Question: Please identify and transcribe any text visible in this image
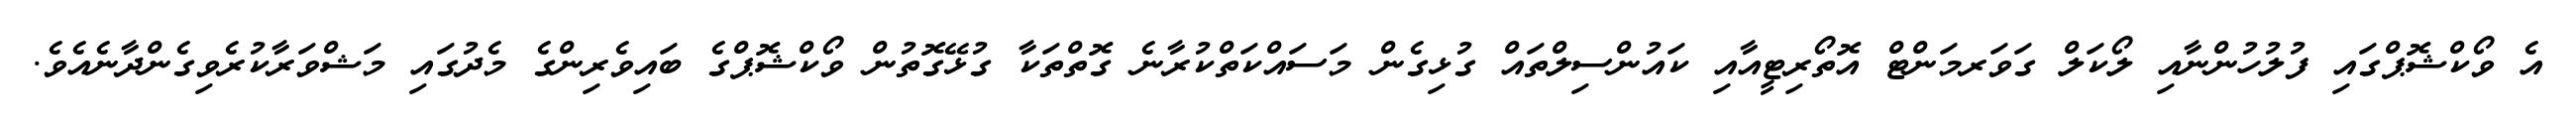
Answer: އެ ވޯކްޝޮޕްގައި ފުލުހުންނާއި ލޯކަލް ގަވަރމަންޓް އޮތޯރިޓީއާއި ކައުންސިލްތައް ގުޅިގެން މަސައްކަތްކުރާނެ ގޮތްތަކާ ގުޅޭގޮތުން ވޯކްޝޮޕްގެ ބައިވެރިންގެ މެދުގައި މަޝްވަރާކުރެވިގެންދާނެއެވެ.